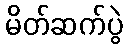
မိတ်ဆက်ပွဲ